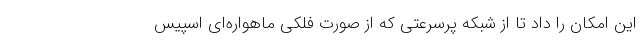
این امکان را داد تا از شبکه پرسرعتی که از صورت فلکی ماهواره‌ای اسپیس